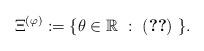
LaTeX: \begin{align*}\Xi^{(\varphi)}:=\{\theta\in{\mathbb R}\ :\ (\ref{inf-sol})\ \}.\end{align*}